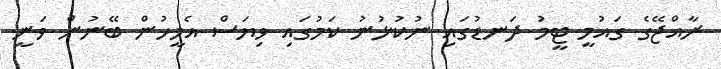
ރާއްޖޭގެ ގައުމީ ޓީމު ދަނޑުގައި ނުކުޅުނު ކަމުގައި ވިޔަސް އެމީހުން ބޭނުން ވަނީ